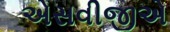
એસવીજીએ